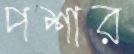
পশার